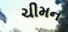
ચીમન